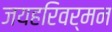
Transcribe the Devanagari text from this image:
जयहरिवर्मन